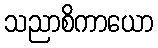
သညာစိကာယော